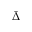
\bar { \Delta }